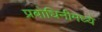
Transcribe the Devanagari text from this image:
प्रबोधिनीमध्ये